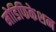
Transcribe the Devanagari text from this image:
मोडिफिकेशन